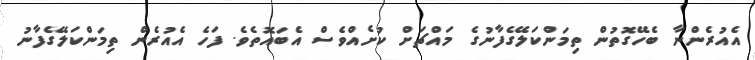
އެއުރެންނާ ބެހޭގޮތުން ތިމަންކަލޭގެފާނުގެ މައްޗަށް ކުށެއްވެސް އެބައޮތެވެ. ފަހެ އެއުރެން ތިމަންކަލޭގެފާނު